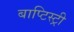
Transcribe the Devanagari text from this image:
बाप्टिस्ट्री